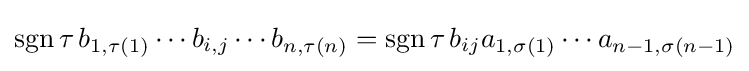
\operatorname {sgn} \tau \,b_{1,\tau (1)}\cdots b_{i,j}\cdots b_{n,\tau (n)}=\operatorname {sgn} \tau \,b_{ij}a_{1,\sigma (1)}\cdots a_{n-1,\sigma (n-1)}